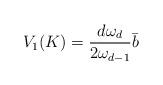
LaTeX: \begin{align*}V_1(K)=\frac{d \omega_d}{2\omega_{d-1}}\bar{b}\end{align*}